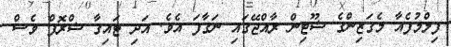
ފިލްމުފެއާ މެގަޒިންގެ ޝޫޓިން ރާއްޖޭގައި ނަގާފަ އެވެ. އަދި ޓައިގާ ޝްރޮފް ވެސް